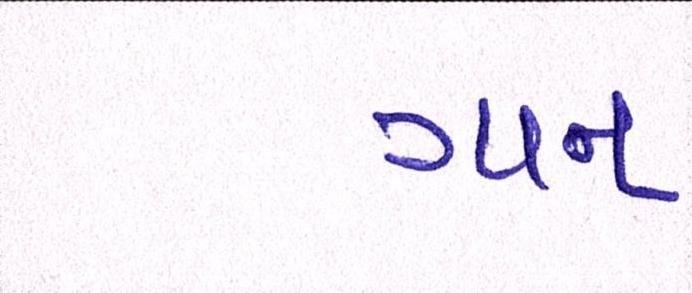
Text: ગાન